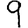
Digit: 9